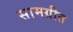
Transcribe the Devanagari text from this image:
सामग्रीत